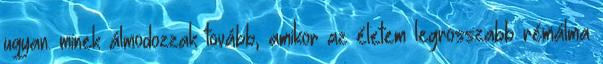
ugyan. minek álmodozzak tovább, amikor az életem legrosszabb rémálma